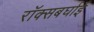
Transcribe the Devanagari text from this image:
रॉक्सबर्घाई